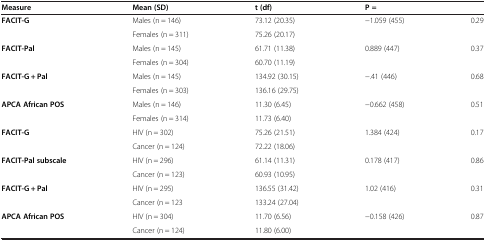
<table><thead><tr><td><b>Measure</b></td><td><b>Mean (SD)</b></td><td><b>t (df)</b></td><td><b>P =</b></td><td><b> </b></td></tr></thead><tbody><tr><td><b>FACIT-G</b></td><td>Males (n = 146)</td><td>73.12 (20.35)</td><td>-1.059 (455)</td><td>0.29</td></tr><tr><td> </td><td>Females (n = 311)</td><td>75.26 (20.17)</td><td> </td><td> </td></tr><tr><td><b>FACIT-Pal</b></td><td>Males (n = 145)</td><td>61.71 (11.38)</td><td>0.889 (447)</td><td>0.37</td></tr><tr><td> </td><td>Females (n = 304)</td><td>60.70 (11.19)</td><td> </td><td> </td></tr><tr><td><b>FACIT-G + Pal</b></td><td>Males (n = 145)</td><td>134.92 (30.15)</td><td>-.41 (446)</td><td>0.68</td></tr><tr><td> </td><td>Females (n = 303)</td><td>136.16 (29.75)</td><td> </td><td> </td></tr><tr><td><b>APCA African POS</b></td><td>Males (n = 146)</td><td>11.30 (6.45)</td><td>-0.662 (458)</td><td>0.51</td></tr><tr><td> </td><td>Females (n = 314)</td><td>11.73 (6.40)</td><td> </td><td> </td></tr><tr><td><b>FACIT-G</b></td><td>HIV (n = 302)</td><td>75.26 (21.51)</td><td>1.384 (424)</td><td>0.17</td></tr><tr><td> </td><td>Cancer (n = 124)</td><td>72.22 (18.06)</td><td> </td><td> </td></tr><tr><td><b>FACIT-Pal subscale</b></td><td>HIV (n = 296)</td><td>61.14 (11.31)</td><td>0.178 (417)</td><td>0.86</td></tr><tr><td> </td><td>Cancer (n = 123)</td><td>60.93 (10.95)</td><td> </td><td> </td></tr><tr><td><b>FACIT-G + Pal</b></td><td>HIV (n = 295)</td><td>136.55 (31.42)</td><td>1.02 (416)</td><td>0.31</td></tr><tr><td> </td><td>Cancer (n = 123</td><td>133.24 (27.04)</td><td> </td><td> </td></tr><tr><td><b>APCA African POS</b></td><td>HIV (n = 304)</td><td>11.70 (6.56)</td><td>-0.158 (426)</td><td>0.87</td></tr><tr><td> </td><td>Cancer (n = 124)</td><td>11.80 (6.00)</td><td> </td><td> </td></tr></tbody></table>